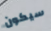
سيكون